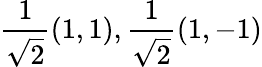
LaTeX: {\frac{1}{\sqrt{2}}}(1,1),{\frac{1}{\sqrt{2}}}(1,-1)